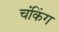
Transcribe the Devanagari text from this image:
चंकिंग